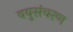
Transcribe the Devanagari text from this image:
वयुसंचरण